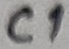
Text: C1